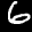
Label: 6